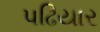
પઢિયાર